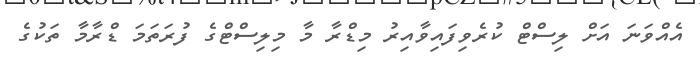
އެއްވަަނަ އަށް ލިސްޓް ކުރެވިފައިވާއިރު މިޑްރާ މާ މިލިސްޓްގެ ފުރަތަމަ ޑްރާމާ ތަކުގެ